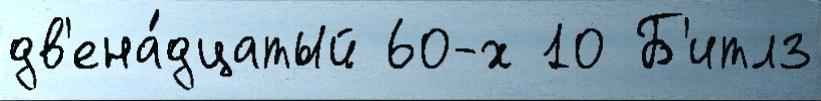
дв'ена́дцатый 60-х 10 Б'итлз